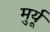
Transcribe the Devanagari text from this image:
मुर्यू